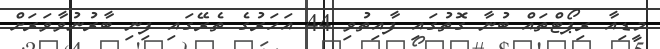
މީޑިއާ ރިޕޯޓްތައް ބުނާ ގޮތުގައި ފާއިތުވި 44 އަހަރުގެ ތެރޭގައި ފިނި ބާރުނުވާވަރަށް